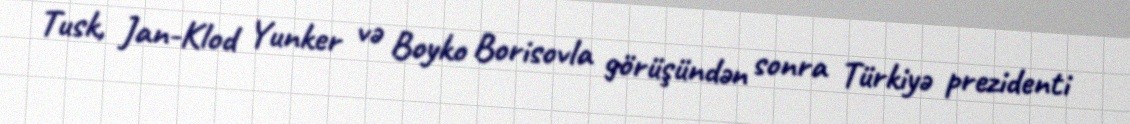
Tusk, Jan-Klod Yunker və Boyko Borisovla görüşündən sonra Türkiyə prezidenti